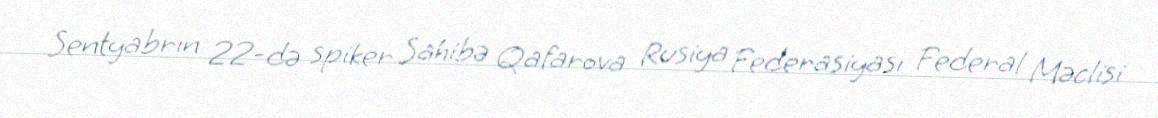
Sentyabrın 22-də spiker Sahibə Qafarova Rusiya Federasiyası Federal Məclisi